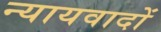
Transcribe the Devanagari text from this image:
न्यायवादों